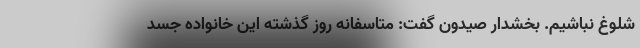
شلوغ نباشیم. بخشدار صیدون گفت: متاسفانه روز گذشته این خانواده جسد